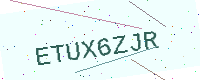
Text: ETUX6ZJR